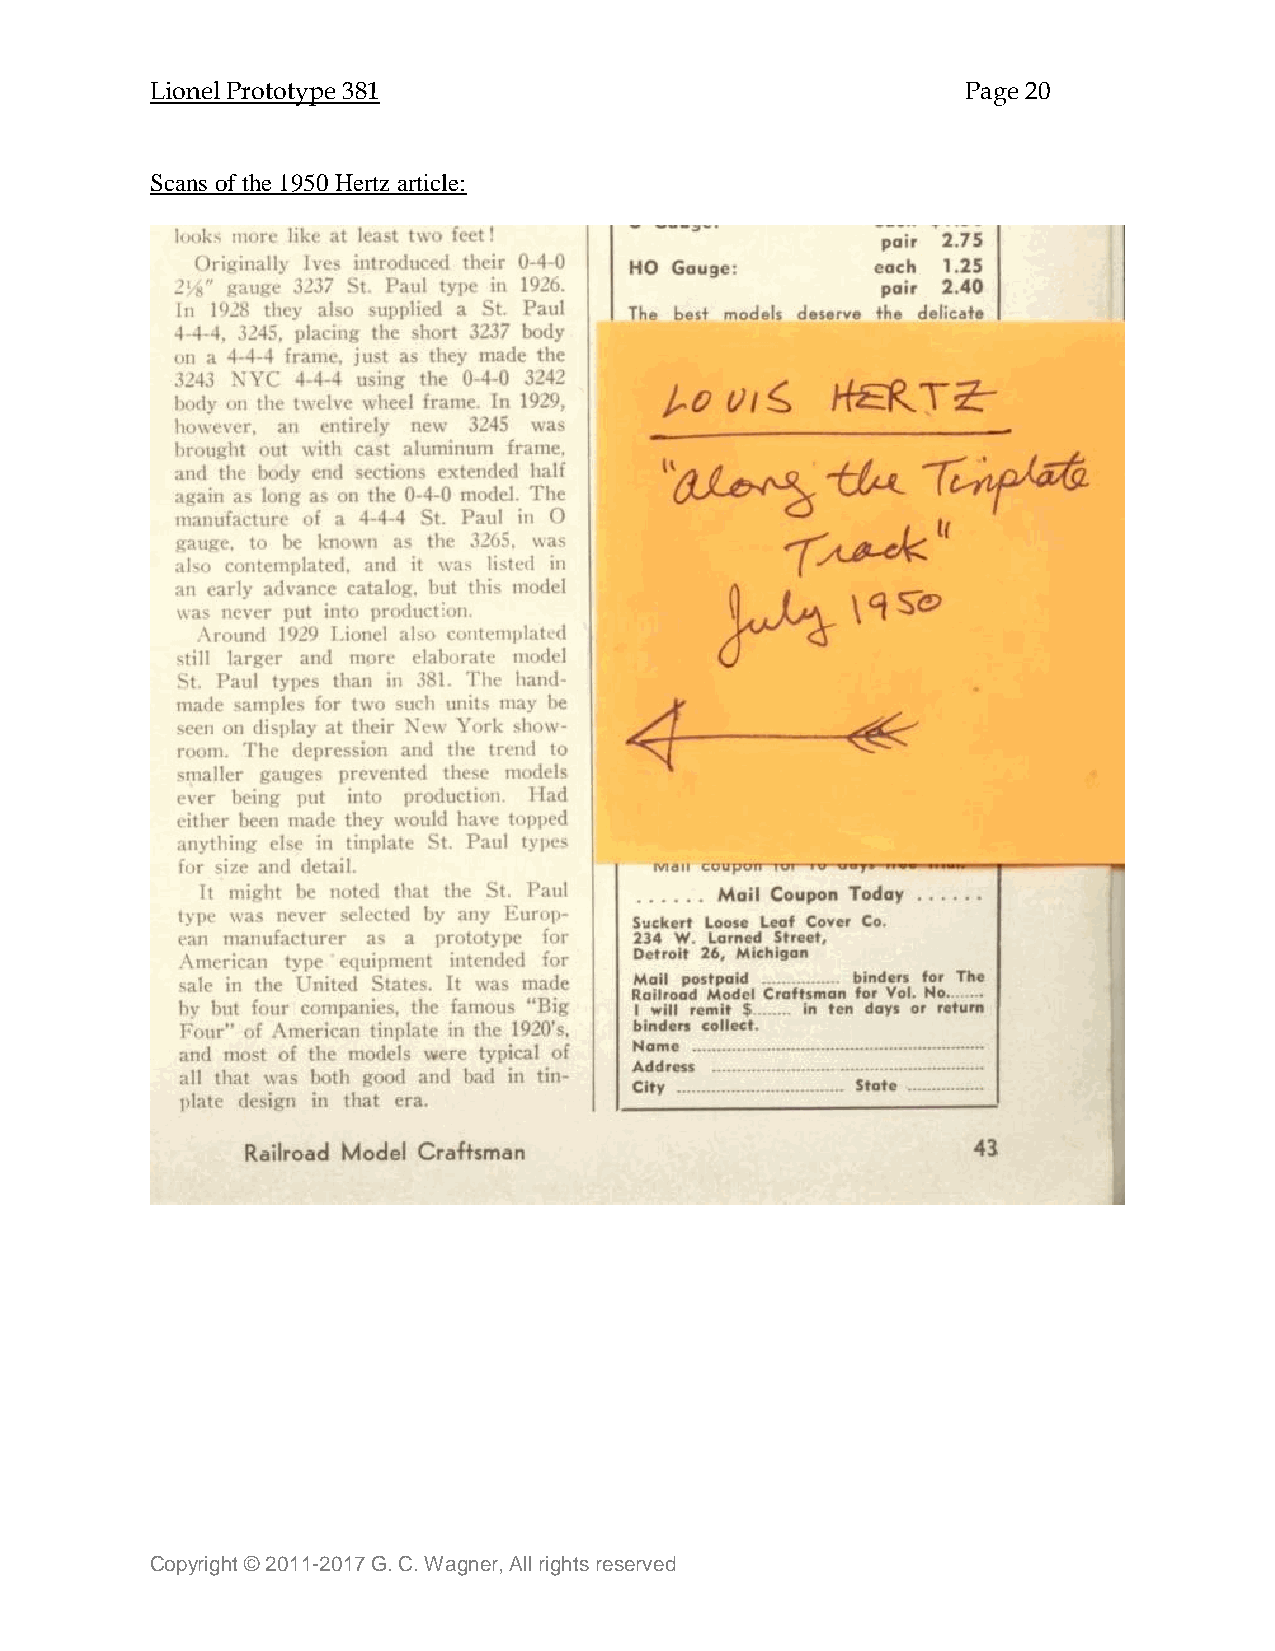
Lionel Prototype 381                                  Page 20
 Scans of the 1950 Hertz article:
 Copyright © 2011-2017 G. C. Wagner, All rights reserved